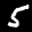
Label: 5